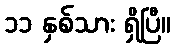
၁၁ နှစ်သား ရှိပြီ။